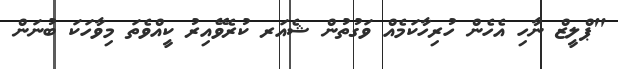
"ޕްލީޒް ނާހި އެހެން ހުރިހާކަމެއް ވަގުތުން ޝެއަރ ކުރެވޭއިރު ކީއްވެތަ މިވާހަކަ ބުނަން